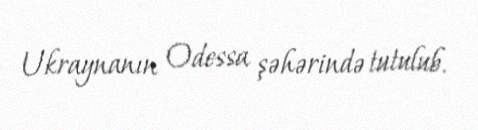
Ukraynanın Odessa şəhərində tutulub.